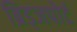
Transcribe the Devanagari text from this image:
ब्रिड्जपोर्ट